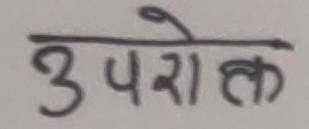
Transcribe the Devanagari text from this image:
उपरोक्त